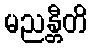
မညန္တီတိ